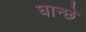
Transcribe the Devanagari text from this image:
घान्छे